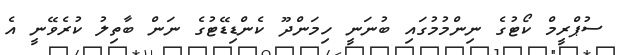
ސުޕްރީމް ކޯޓުގެ ނިންމުމުގައި ބުނަނީ ހިމަންދޫ ކެންޑިޑޭޓުގެ ނަން ބާތިލު ކުރެވޭނީ އެ